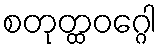
စတုတ္ထဝဂ္ဂေါ